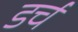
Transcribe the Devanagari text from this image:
डर्च